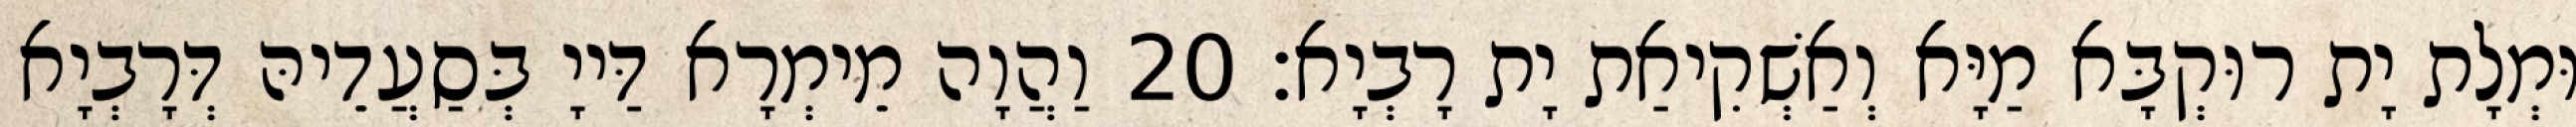
וּמְלָת יָת רוּקְבָּא מַיָּא וְאַשְׁקִיאַת יָת רָבְיָא׃ 20 וַהֲוָה מֵימְרָא דַּייָ בְּסַעֲדֵיהּ דְּרָבְיָא